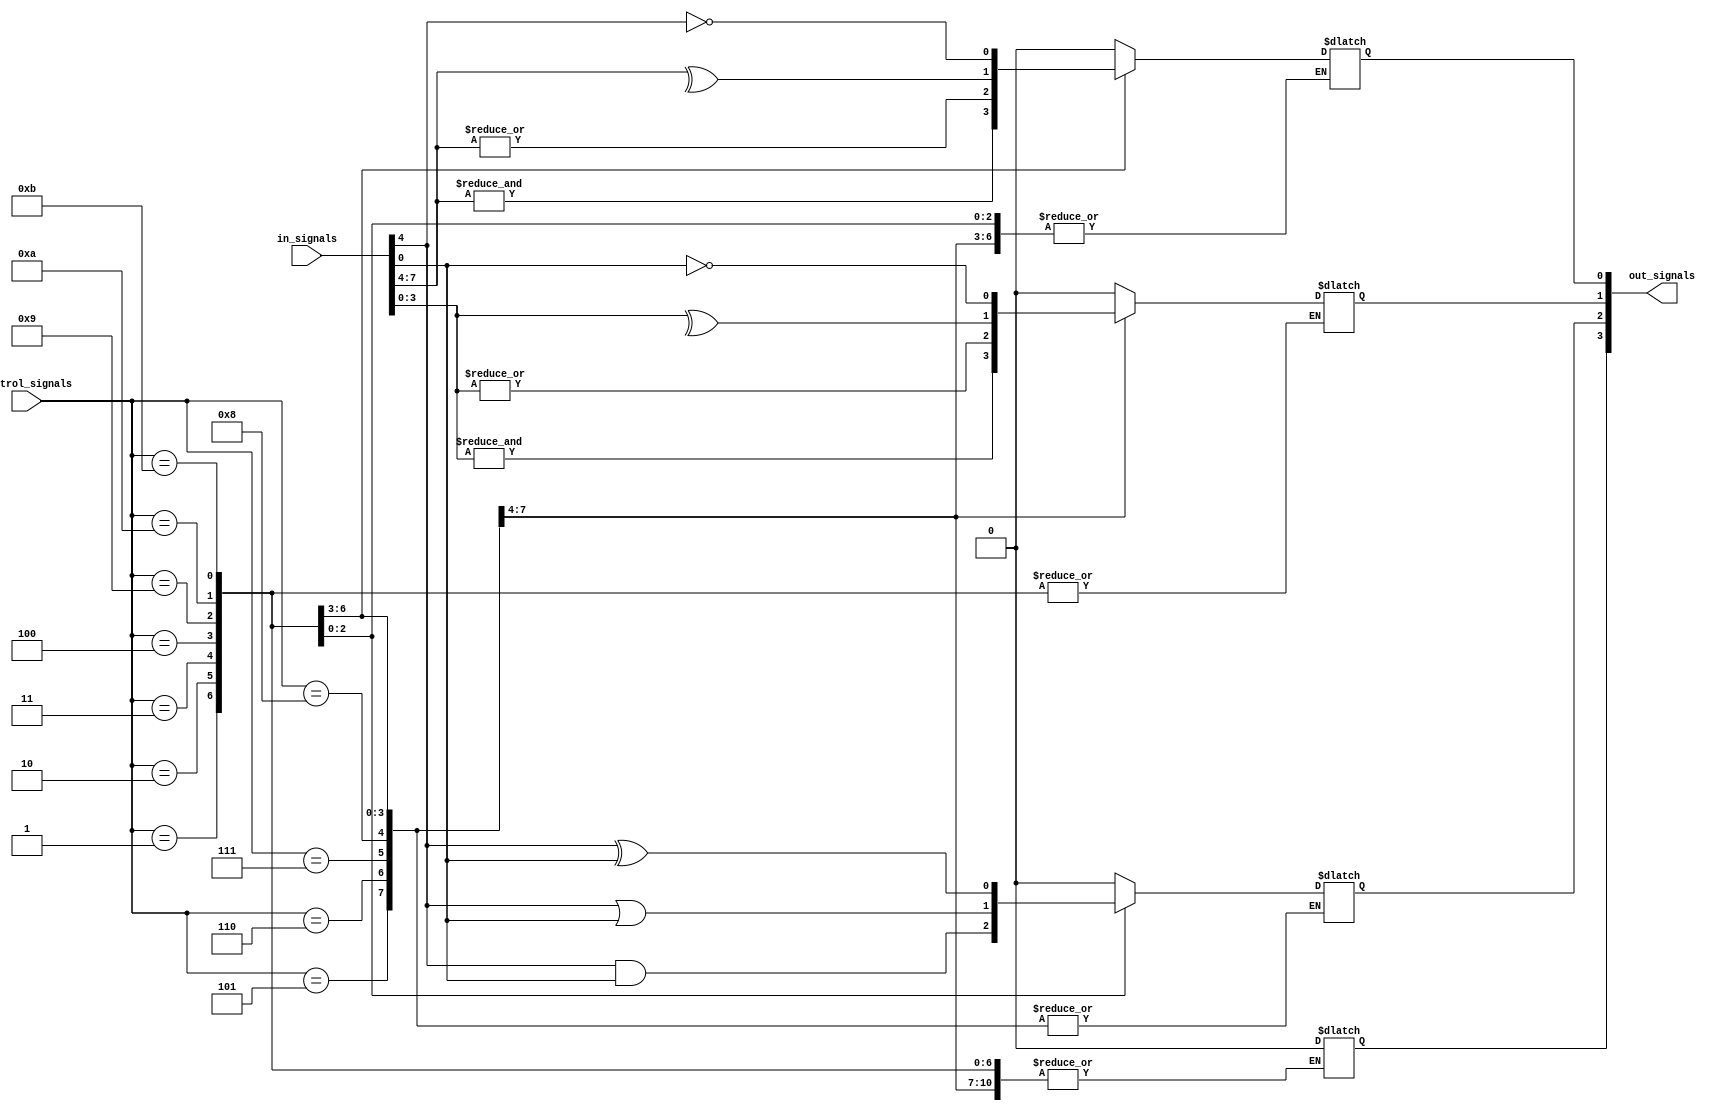
module adjacency_groups #(parameter N = 8, M = 4)(
    input wire [N-1:0] in_signals,         // Input signals
    input wire [M-1:0] control_signals,     // Control signals to select logic operations
    output reg [M-1:0] out_signals          // Output signals
);

// Define the adjacency groups
wire [N/2-1:0] group1, group2;  // Example of two groups
assign group1 = in_signals[N-1:N/2]; // Upper half
assign group2 = in_signals[N/2-1:0]; // Lower half

// Combinational logic operations based on control signals
always @(*) begin
    case (control_signals)
        4'b0001: out_signals[0] = &group1;            // AND operation for group1
        4'b0010: out_signals[0] = |group1;            // OR operation for group1
        4'b0011: out_signals[0] = ^group1;            // XOR operation for group1
        4'b0100: out_signals[0] = ~group1;            // NOT operation for group1
        4'b0101: out_signals[1] = &group2;            // AND operation for group2
        4'b0110: out_signals[1] = |group2;            // OR operation for group2
        4'b0111: out_signals[1] = ^group2;            // XOR operation for group2
        4'b1000: out_signals[1] = ~group2;            // NOT operation for group2
        4'b1001: out_signals[2] = group1 & group2;    // AND between groups
        4'b1010: out_signals[2] = group1 | group2;    // OR between groups
        4'b1011: out_signals[2] = group1 ^ group2;    // XOR between groups
        default: out_signals = 0;                      // Default case
    endcase
end

endmodule